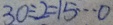
3 0 \div 2 = 1 5 \cdots 0